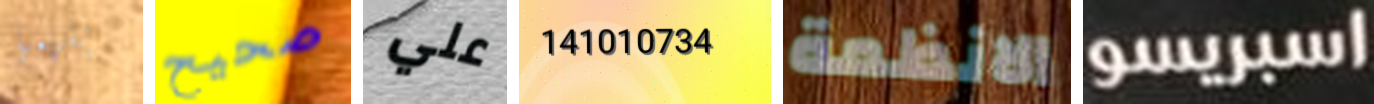
يفهمها صحيح علي 141010734 الانظمة اسبريسو